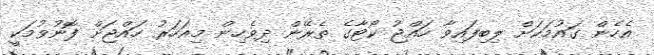
އެހެން ގައުމަކަށް ލިބިފައިވާ ހައްޖު ކޯޓާގެ ތެރޭން ދިވެހިން މިއަހަރު ހައްޖަށް ފޮނުވުމަކީ